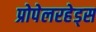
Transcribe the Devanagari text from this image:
प्रोपेलरहेड्स